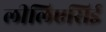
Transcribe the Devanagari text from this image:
लीलिएसिई